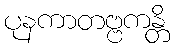
ပုနကာတဗ္ဗကန္တိ